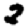
Digit: 2